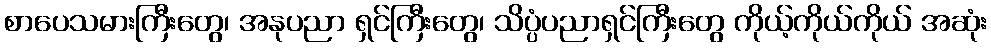
စာပေသမားကြီးတွေ၊ အနုပညာ ရှင်ကြီးတွေ၊ သိပ္ပံပညာရှင်ကြီးတွေ ကိုယ့်ကိုယ်ကိုယ် အဆုံး